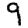
Digit: 9